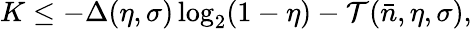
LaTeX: K\leq-\Delta(\eta,\sigma)\log_{2}(1-\eta)-\mathcal{T}(\bar{n},\eta,\sigma),